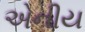
એનીય